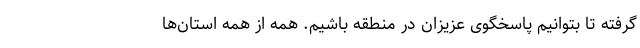
گرفته تا بتوانیم پاسخگوی عزیزان در منطقه باشیم. همه از همه استان‌ها